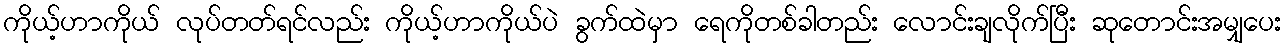
ကိုယ့်ဟာကိုယ် လုပ်တတ်ရင်လည်း ကိုယ့်ဟာကိုယ်ပဲ ခွက်ထဲမှာ ရေကိုတစ်ခါတည်း လောင်းချလိုက်ပြီး ဆုတောင်းအမျှပေး